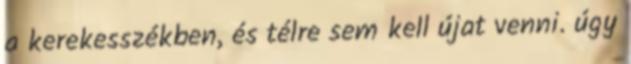
a kerekesszékben, és télre sem kell újat venni. úgy